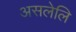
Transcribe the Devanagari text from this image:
असलेलि